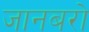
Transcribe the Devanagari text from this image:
जानबरो